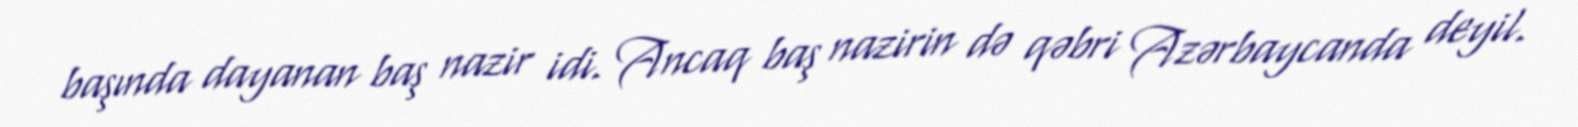
başında dayanan baş nazir idi. Ancaq baş nazirin də qəbri Azərbaycanda deyil.